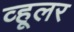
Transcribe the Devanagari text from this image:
व्हूलर